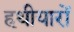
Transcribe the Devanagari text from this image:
हथीयारों